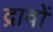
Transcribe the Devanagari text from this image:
द्रावों